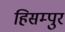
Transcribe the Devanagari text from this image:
हिसम्पुर